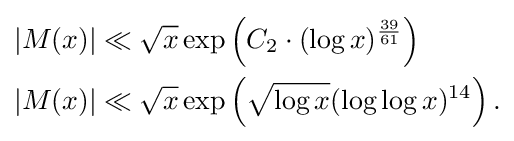
{\begin{aligned}|M(x)|&\ll {\sqrt {x}}\exp \left(C_{2}\cdot (\log x)^{\frac {39}{61}}\right)\\|M(x)|&\ll {\sqrt {x}}\exp \left({\sqrt {\log x}}(\log \log x)^{14}\right).\end{aligned}}